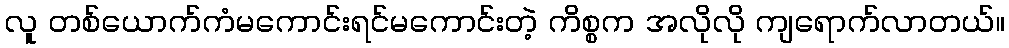
လူ တစ်ယောက်ကံမကောင်းရင်မကောင်းတဲ့ ကိစ္စက အလိုလို ကျရောက်လာတယ်။